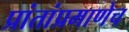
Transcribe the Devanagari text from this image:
प्रांतांप्रमाणेच